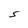
Character: S